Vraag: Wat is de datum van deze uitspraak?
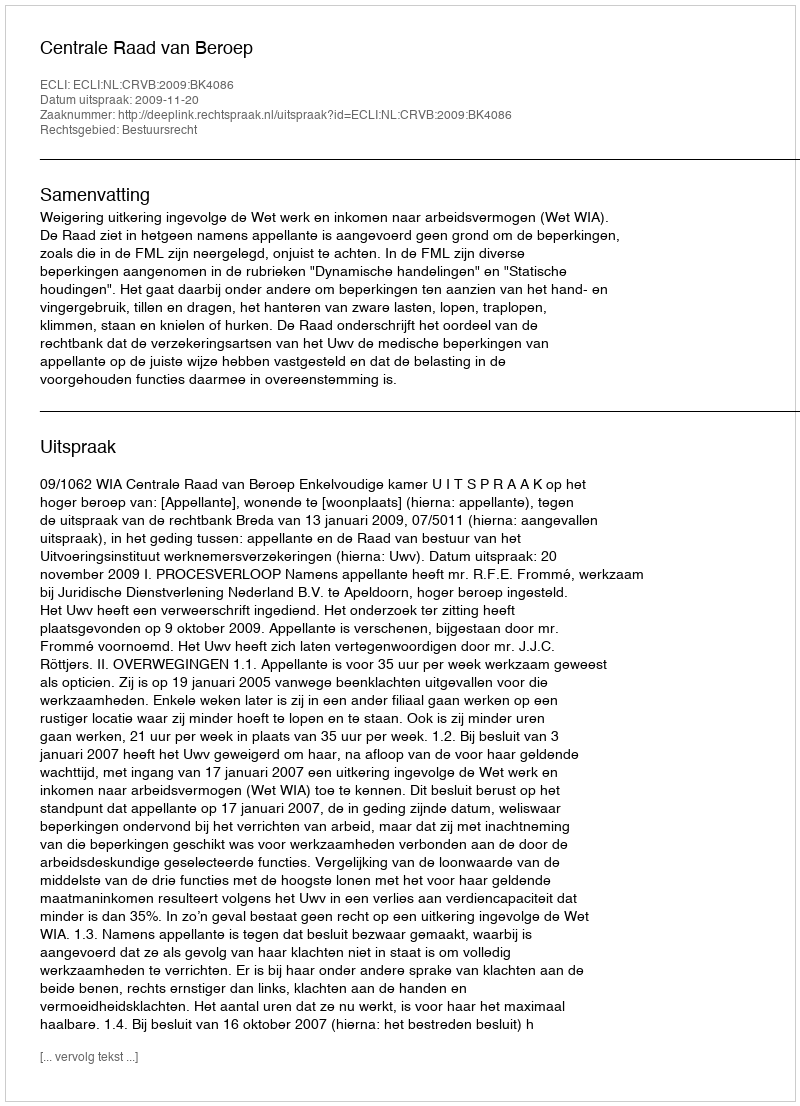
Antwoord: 2009-11-20